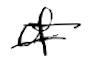
Text: of
Cross-out: double-line
Writing tool: digital_black